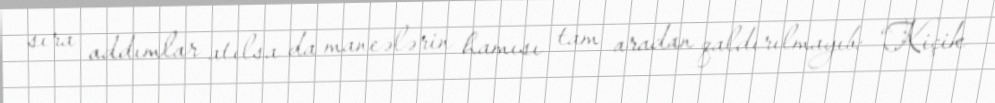
sıra addımlar atılsa da maneələrin hamısı tam aradan qaldırılmayıb: “Kiçik